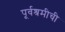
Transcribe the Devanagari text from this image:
पूर्वश्रमीची